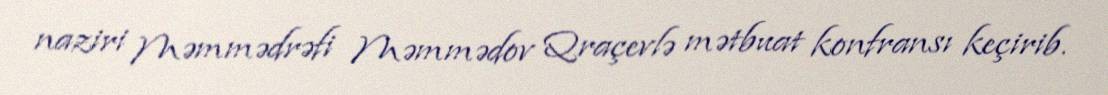
naziri Məmmədrəfi Məmmədov Qraçevlə mətbuat konfransı keçirib.